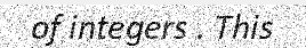
of integers . This